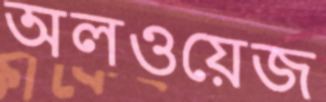
অলওয়েজ